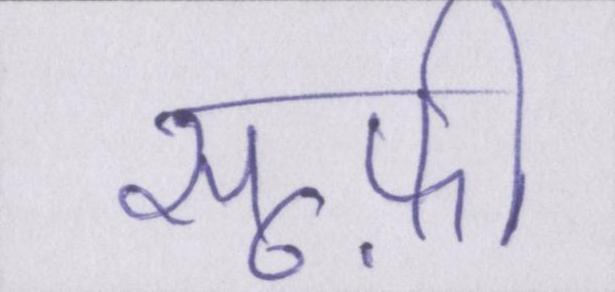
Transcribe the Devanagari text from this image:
सूफ़ी